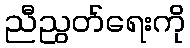
ညီညွတ်ရေးကို